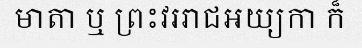
មាតា ឬ ព្រះវររាជអយ្យកា ក៏